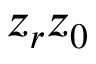
z _ { r } z _ { 0 }